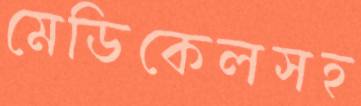
মেডিকেলসহ